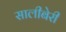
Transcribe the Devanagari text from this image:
सालीबेरी